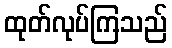
ထုတ်လုပ်ကြသည်